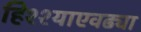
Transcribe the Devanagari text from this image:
हिश्श्याएवढ्या